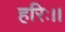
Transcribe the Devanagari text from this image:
हरिः।।